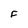
Character: F